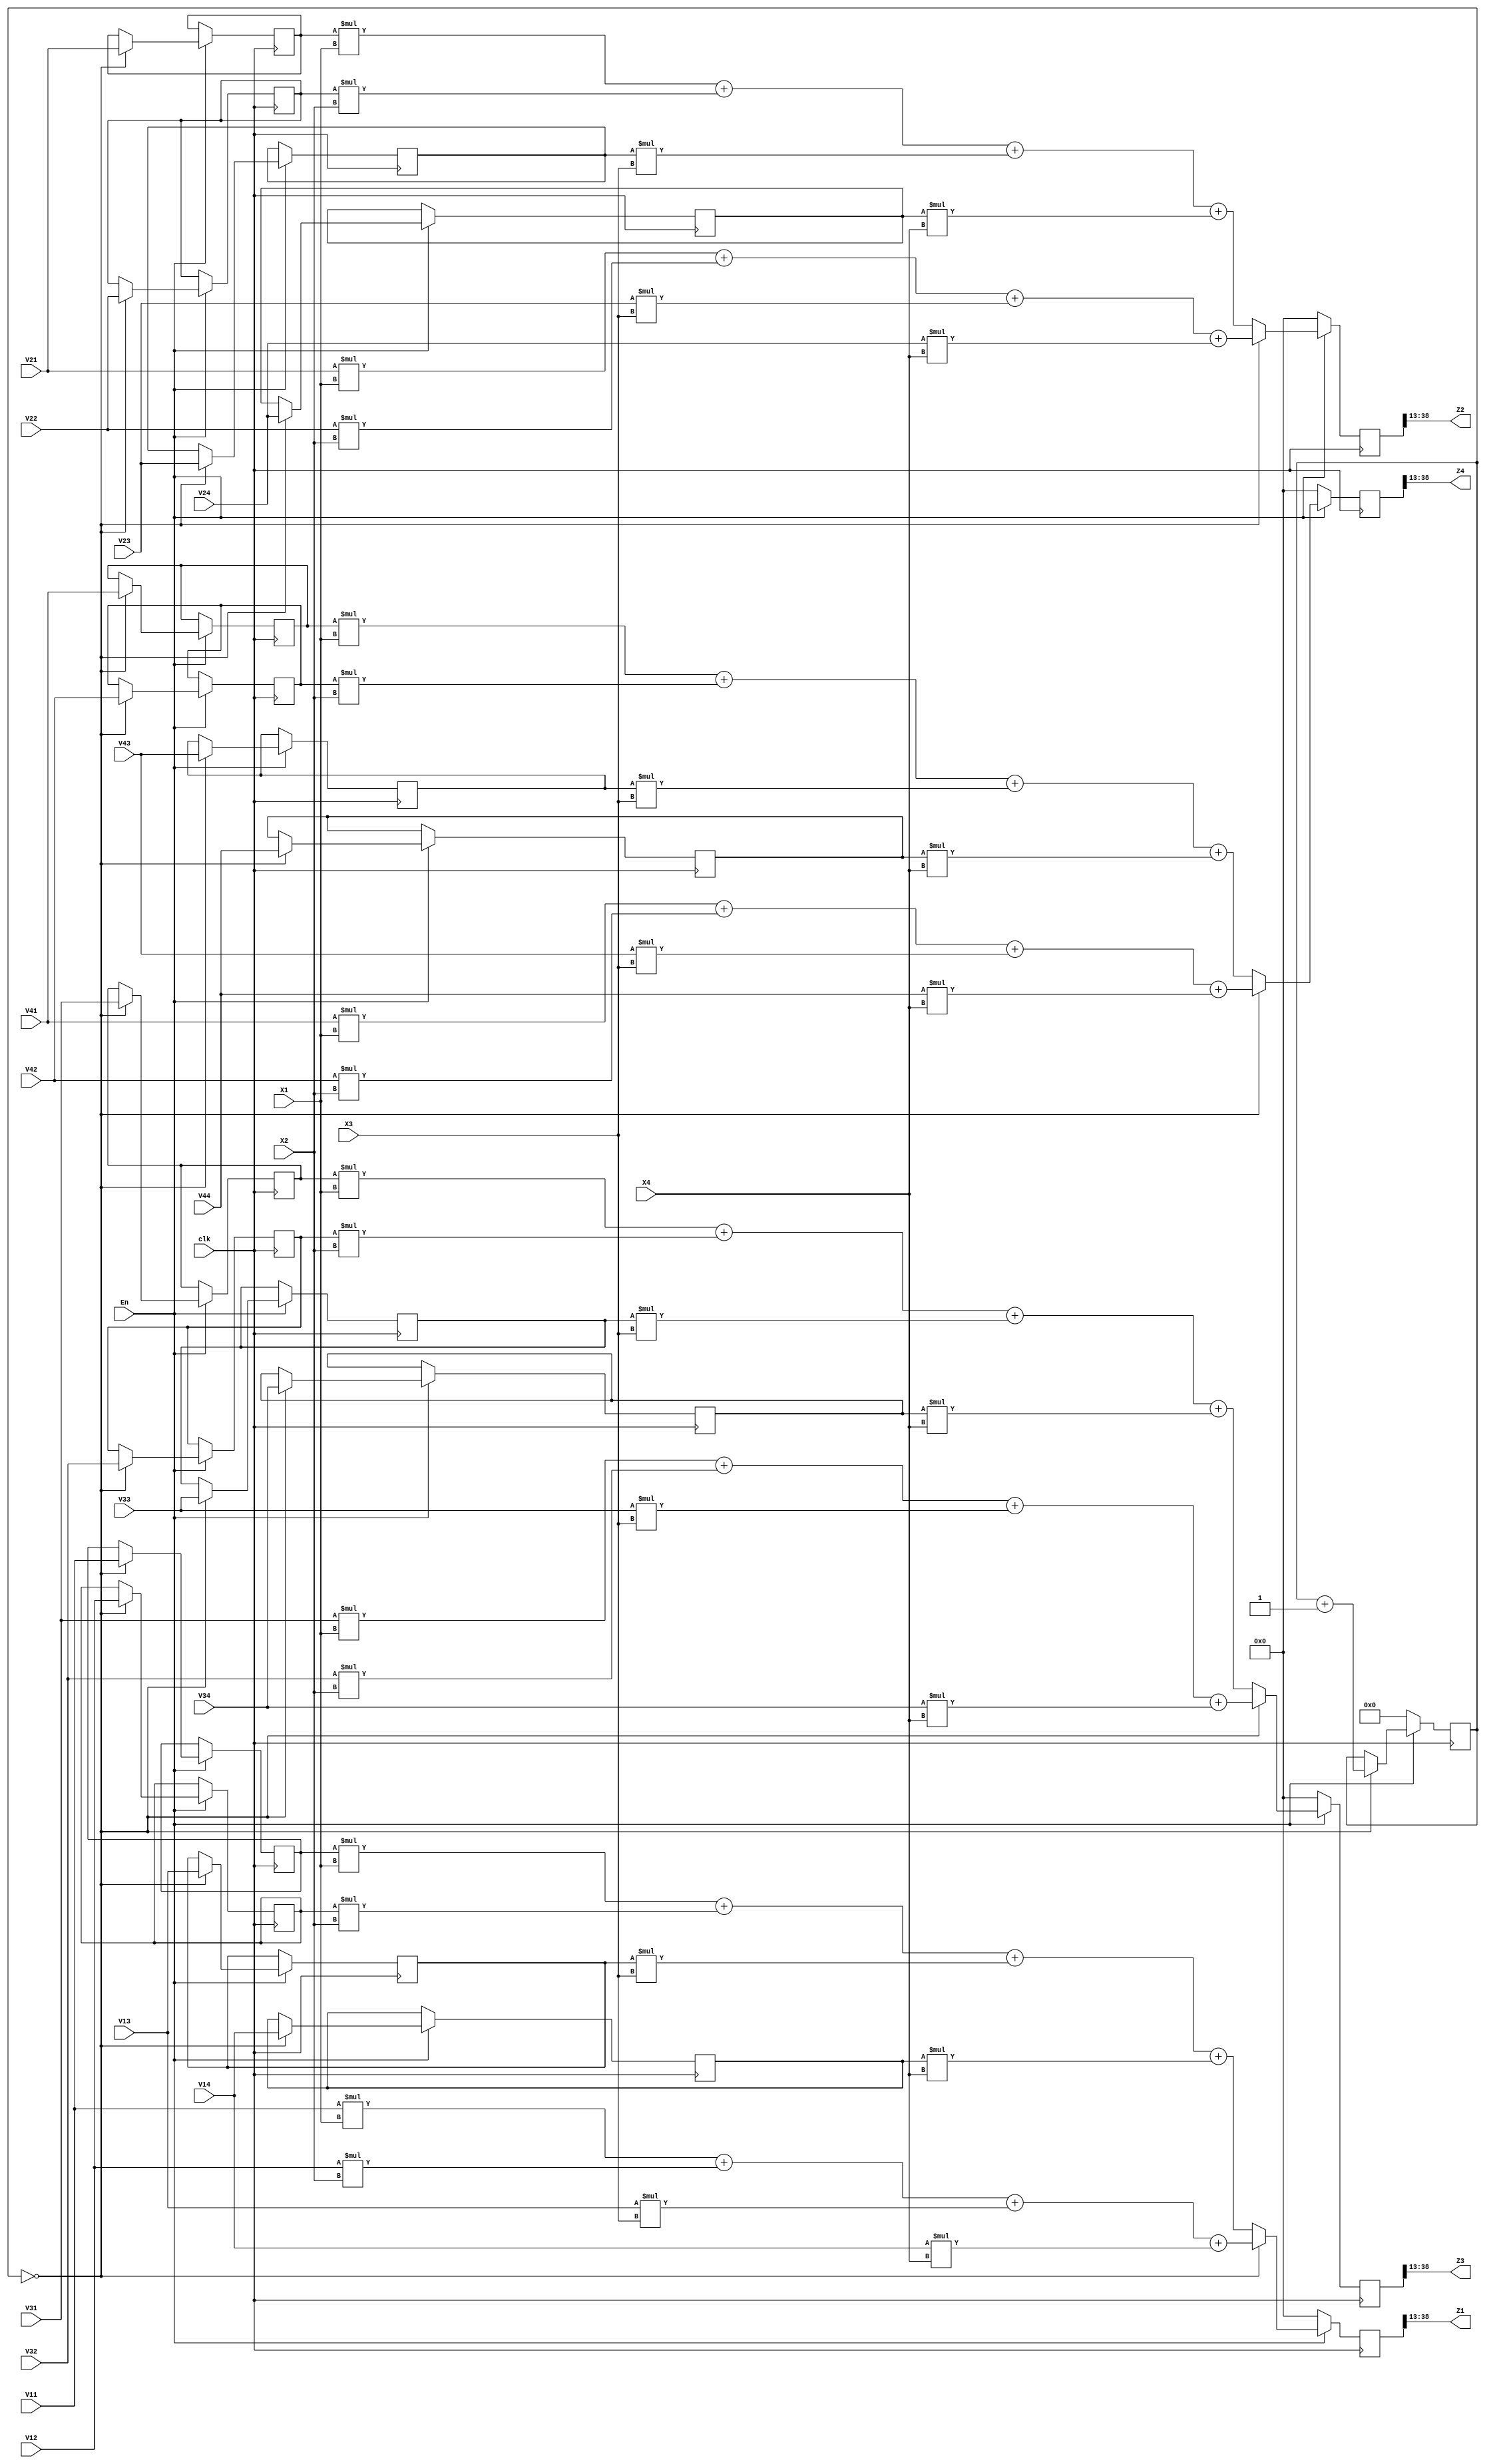
module Whitening_Multiplier2(
En,clk,
V11,V12,V13,V14,
V21,V22,V23,V24,
V31,V32,V33,V34,
V41,V42,V43,V44,
X1, X2, X3, X4,
Z1, Z2, Z3, Z4
);

input En,clk;
input wire signed [25:0] V11,V12,V13,V14;
input wire signed [25:0] V21,V22,V23,V24;
input wire signed [25:0] V31,V32,V33,V34;
input wire signed [25:0] V41,V42,V43,V44;
input wire signed [25:0] X1,X2,X3,X4;
output wire signed [25:0] Z1,Z2,Z3,Z4;

reg signed [51:0] Z1_reg;
reg signed [51:0] Z2_reg;
reg signed [51:0] Z3_reg;
reg signed [51:0] Z4_reg;

assign Z1 = Z1_reg[38:13]; //Z1_reg[38:13]; 
assign Z2 = Z2_reg[38:13]; //Z2_reg[38:13];
assign Z3 = Z3_reg[38:13]; //Z3_reg[38:13];
assign Z4 = Z4_reg[38:13]; //Z4_reg[38:13];
reg signed [25:0] V11_reg,V12_reg,V13_reg,V14_reg;
reg signed [25:0] V21_reg,V22_reg,V23_reg,V24_reg;
reg signed [25:0] V31_reg,V32_reg,V33_reg,V34_reg;
reg signed [25:0] V41_reg,V42_reg,V43_reg,V44_reg;
reg [7:0] cnt;


always @(posedge clk) begin

    if(En) begin
        if(cnt==0) begin
        V11_reg<=V11; V12_reg<=V12; V13_reg<=V13; V14_reg<=V14; 
        V21_reg<=V21; V22_reg<=V22; V23_reg<=V23; V24_reg<=V24; 
        V31_reg<=V31; V32_reg<=V32; V33_reg<=V33; V34_reg<=V34; 
        V41_reg<=V41; V42_reg<=V42; V43_reg<=V43; V44_reg<=V44; 

        Z1_reg <= V11*X1 + V12*X2 + V13*X3 + V14*X4;
        Z2_reg <= V21*X1 + V22*X2 + V23*X3 + V24*X4;
        Z3_reg <= V31*X1 + V32*X2 + V33*X3 + V34*X4;
        Z4_reg <= V41*X1 + V42*X2 + V43*X3 + V44*X4;
/*
[V11] [V12] [V13] [V14] [X1] ~
[V21] [V22] [V23] [V24] [X2] ~
[V31] [V32] [V33] [V34] [X3] ~
[V41] [V42] [V43] [V44] [X4] ~
*/
        cnt<=cnt+1'b1;
        end
        else begin
            Z1_reg <= V11_reg*X1 + V12_reg*X2 + V13_reg*X3 + V14_reg*X4;
            Z2_reg <= V21_reg*X1 + V22_reg*X2 + V23_reg*X3 + V24_reg*X4;
            Z3_reg <= V31_reg*X1 + V32_reg*X2 + V33_reg*X3 + V34_reg*X4;
            Z4_reg <= V41_reg*X1 + V42_reg*X2 + V43_reg*X3 + V44_reg*X4;
        end
    end
    else begin
        Z1_reg<=0;
        Z2_reg<=0;
        Z3_reg<=0;
        Z4_reg<=0;
        cnt<=0;
    end
end
endmodule